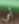
أمي